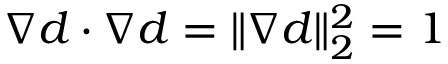
\nabla d \cdot \nabla d = \| \nabla d \| _ { 2 } ^ { 2 } = 1